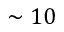
\sim 1 0